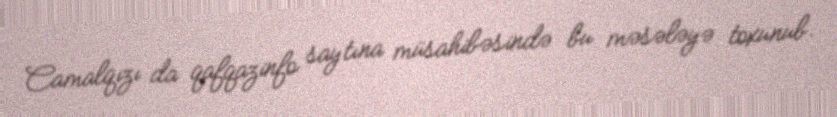
Camalqızı da qafqazinfo saytına müsahibəsində bu məsələyə toxunub.